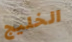
الخليج